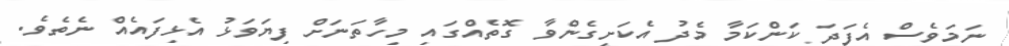
ނަމަވެސް އެފަދަ ކަންކަމާ މެދު އެކަށީގެންވާ ގޮތެއްގައި މިހާތަނަށް ފިޔަވަޅު އެޅިފައެއް ނެތެވެ.